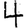
Digit: 4